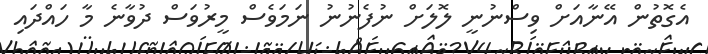
އެގޮތުން އޭނާއަށް ވިސްނުނީ ލޮލަށް ނުފެނުނު ނަމަވެސް މީރުވަސް ދުވާނެ މާ ހައްދައި